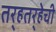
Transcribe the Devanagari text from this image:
तर्‍हतर्‍हेची